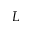
_ L